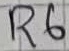
Text: R6